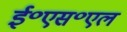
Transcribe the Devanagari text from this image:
ई॰एस॰एल